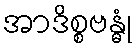
အာဒိစ္စဗန္ဓုံ